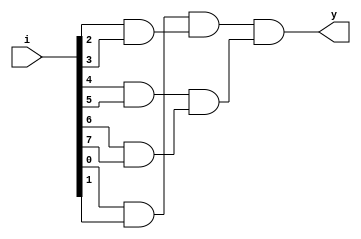
module one_det(i,y
    );

	 input wire [7:0]i;
	 output y;

	 wire w1,w2,w3,w4,w5,w6;

	 nand n1(w1,i[0],i[1]);
	 nand n2(w2,i[2],i[3]);
	 nand n3(w3,i[4],i[5]);
	 nand n4(w4,i[6],i[7]);
	 and a1(w5,~w1,~w2);
	 and a2(w6,~w3,~w4);
	 and a3(y,w5,w6);

endmodule

module one_detector_tb;

	// Inputs
	reg [0:7]i;
	wire y;

	// Instantiate the Unit Under Test (UUT)
	one_det uut (
		i,y
	);

	initial begin
		// Initialize Inputs
		i = 255;#100;
		i = 235;#100;
		i = 0;#100;
		i = 1;

		// Wait 100 ns for global reset to finish
		#100;

		// Add stimulus here

	end

endmodule